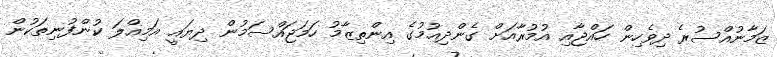
ޒަމާނުއްސުރެ ދިވެހިން ހައްޖާއި އުމުރާއަށް ގެންދިއުމުގެ އިންތިޒާމު ހަމަޖައްސަމުން ދިޔައީ އަމިއްލަ ކުންފުނިތަކުން